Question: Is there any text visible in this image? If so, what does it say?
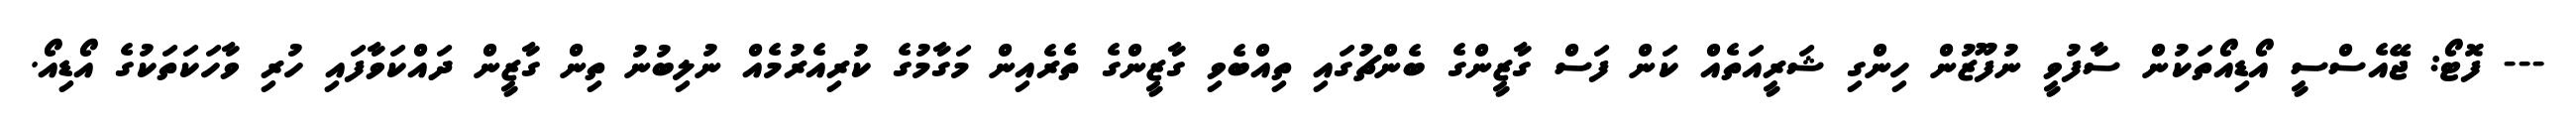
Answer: --- ފޮޓޯ: ޖޭއެސްސީ އޯޑިއޯތަކުން ސާފުވީ ނުފޫޒުން ހިންގި ޝަރީއަތެއް ކަން ފަސް ގާޒީންގެ ބެންޗުގައި ތިއްބެވި ގާޒީންގެ ތެރެއިން މަގާމުގެ ކުރިއެރުމެއް ނުލިބުނު ތިން ގާޒީން ދައްކަވާފައި ހުރި ވާހަކަތަކުގެ އޯޑިއޯ.